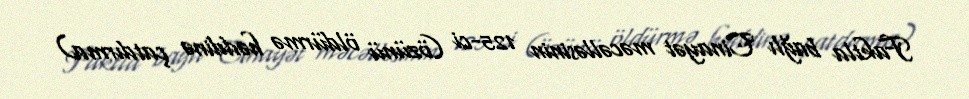
Faktla bağlı Cinayət məcəlləsinin 125-ci (özünü öldürmə həddinə çatdırma)